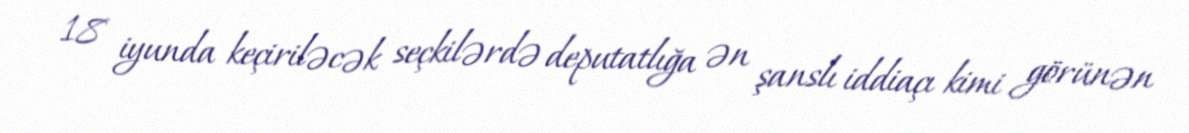
18 iyunda keçiriləcək seçkilərdə deputatlığa ən şanslı iddiaçı kimi görünən